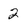
Character: 2